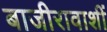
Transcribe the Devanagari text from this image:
बाजीरावाशीं